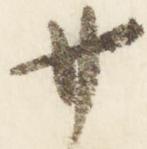
廿